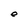
Character: e